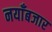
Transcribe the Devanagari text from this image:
नयाँबजार